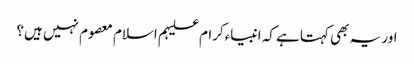
اور یہ بھی کہتا ہے کہ انبیاءکرام علیہم اسلام معصوم نہیں ہیں؟